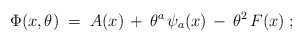
\begin{align*}\Phi(x,\theta) \; = \; A(x) \, + \, \theta^a \, \psi_a(x) \, - \, \theta^2\, F(x) \; ;\end{align*}